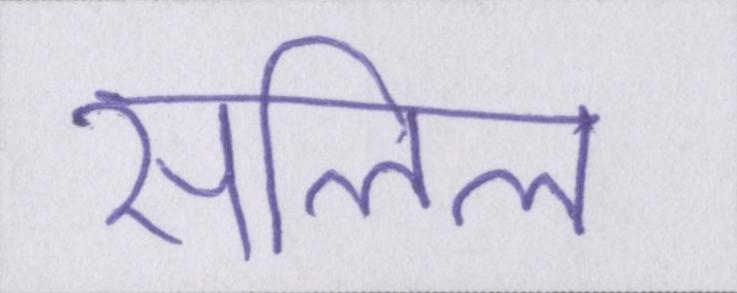
सलिल